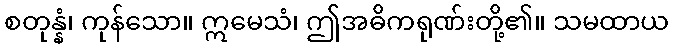
စတုန္နံ၊ ကုန်သော။ ဣမေသံ၊ ဤအဓိကရုဏ်းတို့၏။ သမထာယ